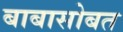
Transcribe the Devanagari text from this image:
बाबासोबत